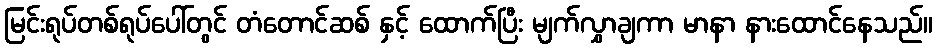
မြင်းရုပ်တစ်ရုပ်ပေါ်တွင် တံတောင်ဆစ် နှင့် ထောက်ပြီး မျက်လွှာချကာ မာနာ နားထောင်နေသည်။